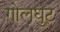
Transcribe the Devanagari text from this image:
गोलघुट